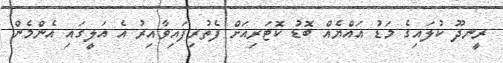
ރީނދޫ ކުލައިގެ މަޑު އައްޔެއް ބޮޑު ކޮޓަރިއަށް ފެތުރިފައިވާއިރު އެ އަލީގައި އެންމެން